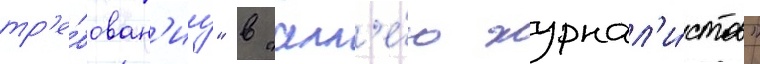
тр'е́бован'иу" в "алл'е́ю журнал'и́стов"